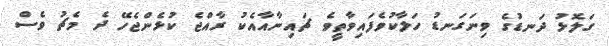
ގަލޮޅު ދަނޑުގެ ވިނަގަނޑު ހަލާކުވެފައިވާތީވެ ޗައިނާއާއެކު ރާއްޖެ ކުޅެންޖެހޭ ދެ މެޗު ވެސް